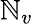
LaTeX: \mathbb{N}_{v}